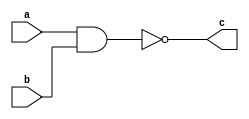
`timescale 1ns / 1ps

module nandgate(c,a,b);
input a,b;
output c;
nand(c,a,b);
endmodule